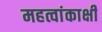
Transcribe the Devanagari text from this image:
महत्वांकाक्षी